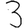
Digit: 3